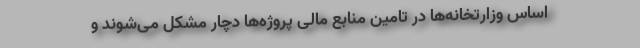
اساس وزارتخانه‌ها در تامین منابع مالی پروژه‌ها دچار مشکل می‌شوند و